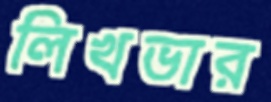
লিখভার